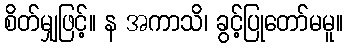
စိတ်မျှဖြင့်။ န အကာသိ၊ ခွင့်ပြုတော်မမူ။